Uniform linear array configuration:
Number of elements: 64
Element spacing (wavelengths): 0.25
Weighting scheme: blackman
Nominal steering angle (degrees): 30
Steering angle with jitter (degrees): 28.061
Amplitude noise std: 0.05
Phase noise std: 0.05

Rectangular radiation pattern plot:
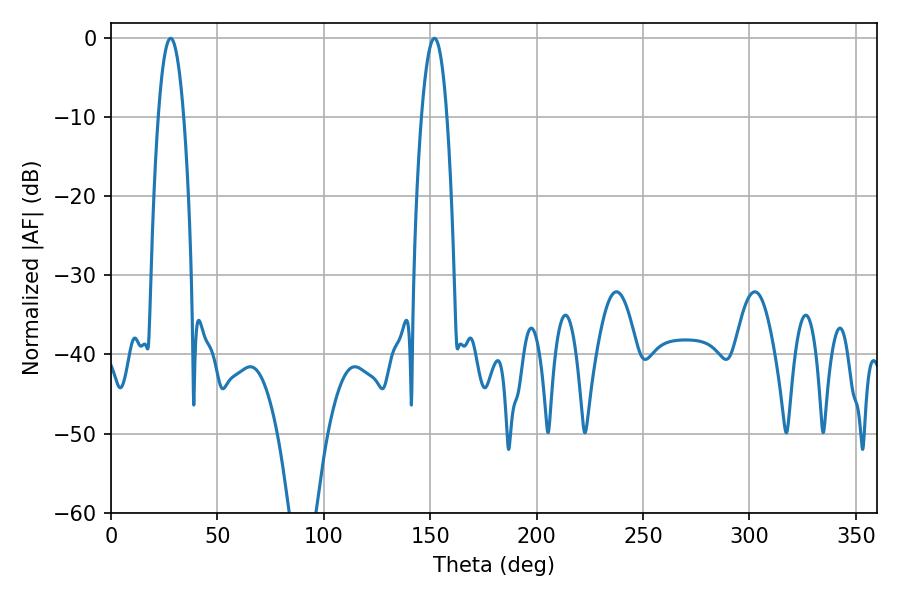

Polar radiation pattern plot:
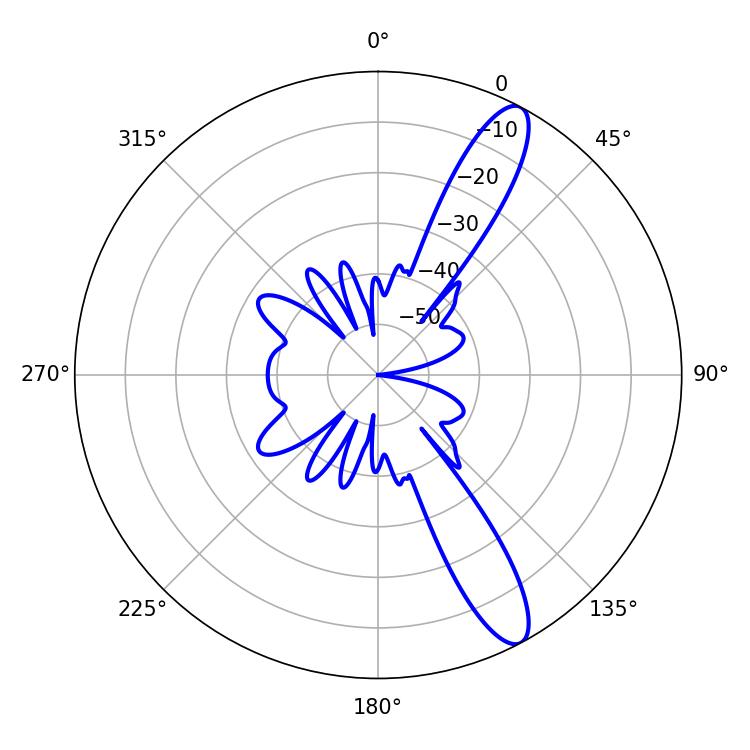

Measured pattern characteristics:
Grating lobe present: FALSE
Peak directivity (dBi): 12.353
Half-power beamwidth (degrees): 6.48
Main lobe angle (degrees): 28.08